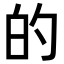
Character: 的